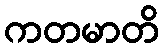
ကတမာတိ